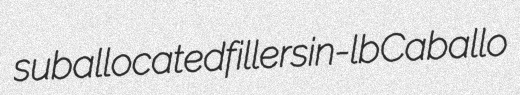
suballocated fillers in-lb Caballo